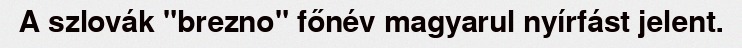
A szlovák "brezno" főnév magyarul nyírfást jelent.